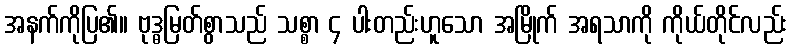
အနက်ကိုပြ၏။ ဗုဒ္ဓမြတ်စွာသည် သစ္စာ ၄ ပါးတည်းဟူသော အမြိုက် အရသာကို ကိုယ်တိုင်လည်း